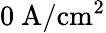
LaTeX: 0~\mathrm{A/cm^{2}}